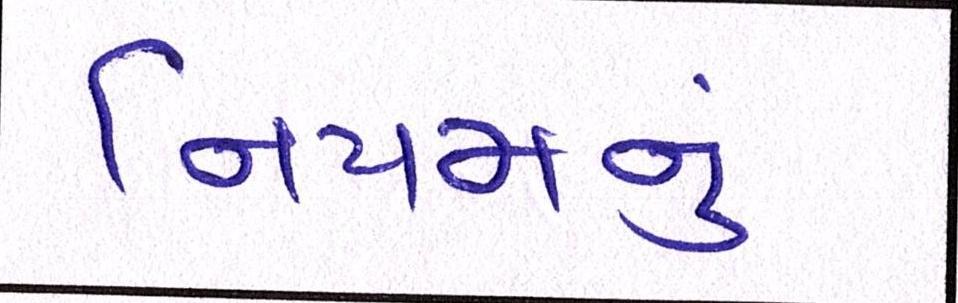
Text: નિયમનું